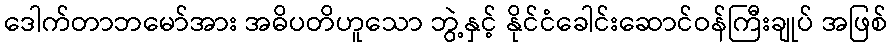
ဒေါက်တာဘမော်အား အဓိပတိဟူသော ဘွဲ့နှင့် နိုင်ငံခေါင်းဆောင်ဝန်ကြီးချုပ် အဖြစ်